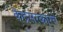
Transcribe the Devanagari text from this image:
केंद्रसरकारचे